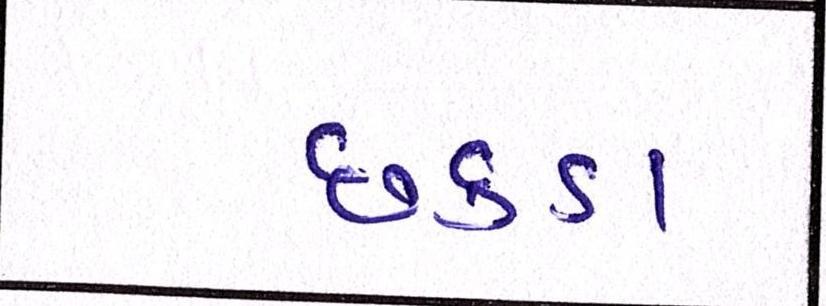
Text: છકડા